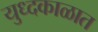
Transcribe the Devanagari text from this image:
युध्दकाळात